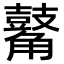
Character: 𪔝